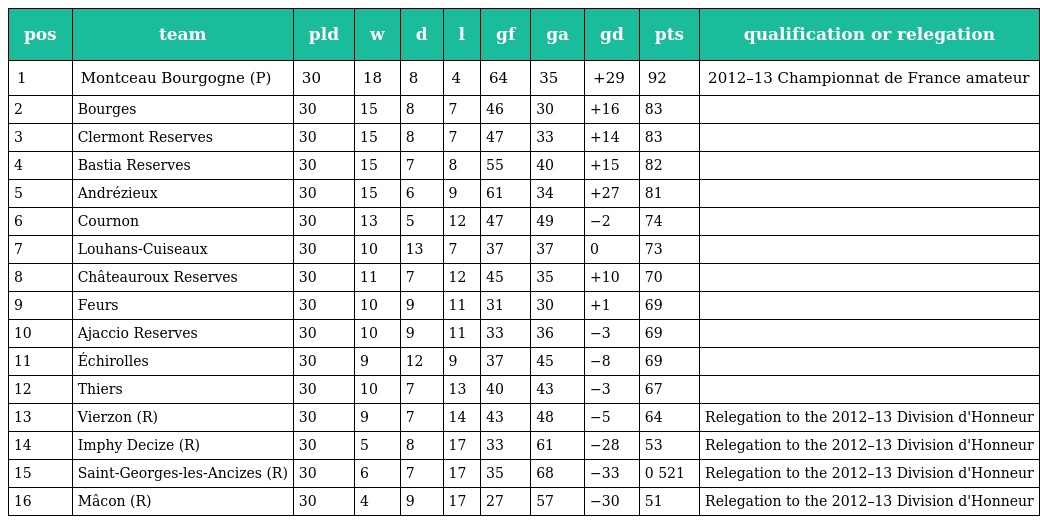
| pos | team | pld | w | d | l | gf | ga | gd | pts | qualification or relegation |
 | --- | --- | --- | --- | --- | --- | --- | --- | --- | --- | --- |
 | 1 | Montceau Bourgogne (P) | 30 | 18 | 8 | 4 | 64 | 35 | +29 | 92 | 2012–13 Championnat de France amateur |
 | 2 | Bourges | 30 | 15 | 8 | 7 | 46 | 30 | +16 | 83 |  |
 | 3 | Clermont Reserves | 30 | 15 | 8 | 7 | 47 | 33 | +14 | 83 |  |
 | 4 | Bastia Reserves | 30 | 15 | 7 | 8 | 55 | 40 | +15 | 82 |  |
 | 5 | Andrézieux | 30 | 15 | 6 | 9 | 61 | 34 | +27 | 81 |  |
 | 6 | Cournon | 30 | 13 | 5 | 12 | 47 | 49 | −2 | 74 |  |
 | 7 | Louhans-Cuiseaux | 30 | 10 | 13 | 7 | 37 | 37 | 0 | 73 |  |
 | 8 | Châteauroux Reserves | 30 | 11 | 7 | 12 | 45 | 35 | +10 | 70 |  |
 | 9 | Feurs | 30 | 10 | 9 | 11 | 31 | 30 | +1 | 69 |  |
 | 10 | Ajaccio Reserves | 30 | 10 | 9 | 11 | 33 | 36 | −3 | 69 |  |
 | 11 | Échirolles | 30 | 9 | 12 | 9 | 37 | 45 | −8 | 69 |  |
 | 12 | Thiers | 30 | 10 | 7 | 13 | 40 | 43 | −3 | 67 |  |
 | 13 | Vierzon (R) | 30 | 9 | 7 | 14 | 43 | 48 | −5 | 64 | Relegation to the 2012–13 Division d'Honneur |
 | 14 | Imphy Decize (R) | 30 | 5 | 8 | 17 | 33 | 61 | −28 | 53 | Relegation to the 2012–13 Division d'Honneur |
 | 15 | Saint-Georges-les-Ancizes (R) | 30 | 6 | 7 | 17 | 35 | 68 | −33 | 0 521 | Relegation to the 2012–13 Division d'Honneur |
 | 16 | Mâcon (R) | 30 | 4 | 9 | 17 | 27 | 57 | −30 | 51 | Relegation to the 2012–13 Division d'Honneur |